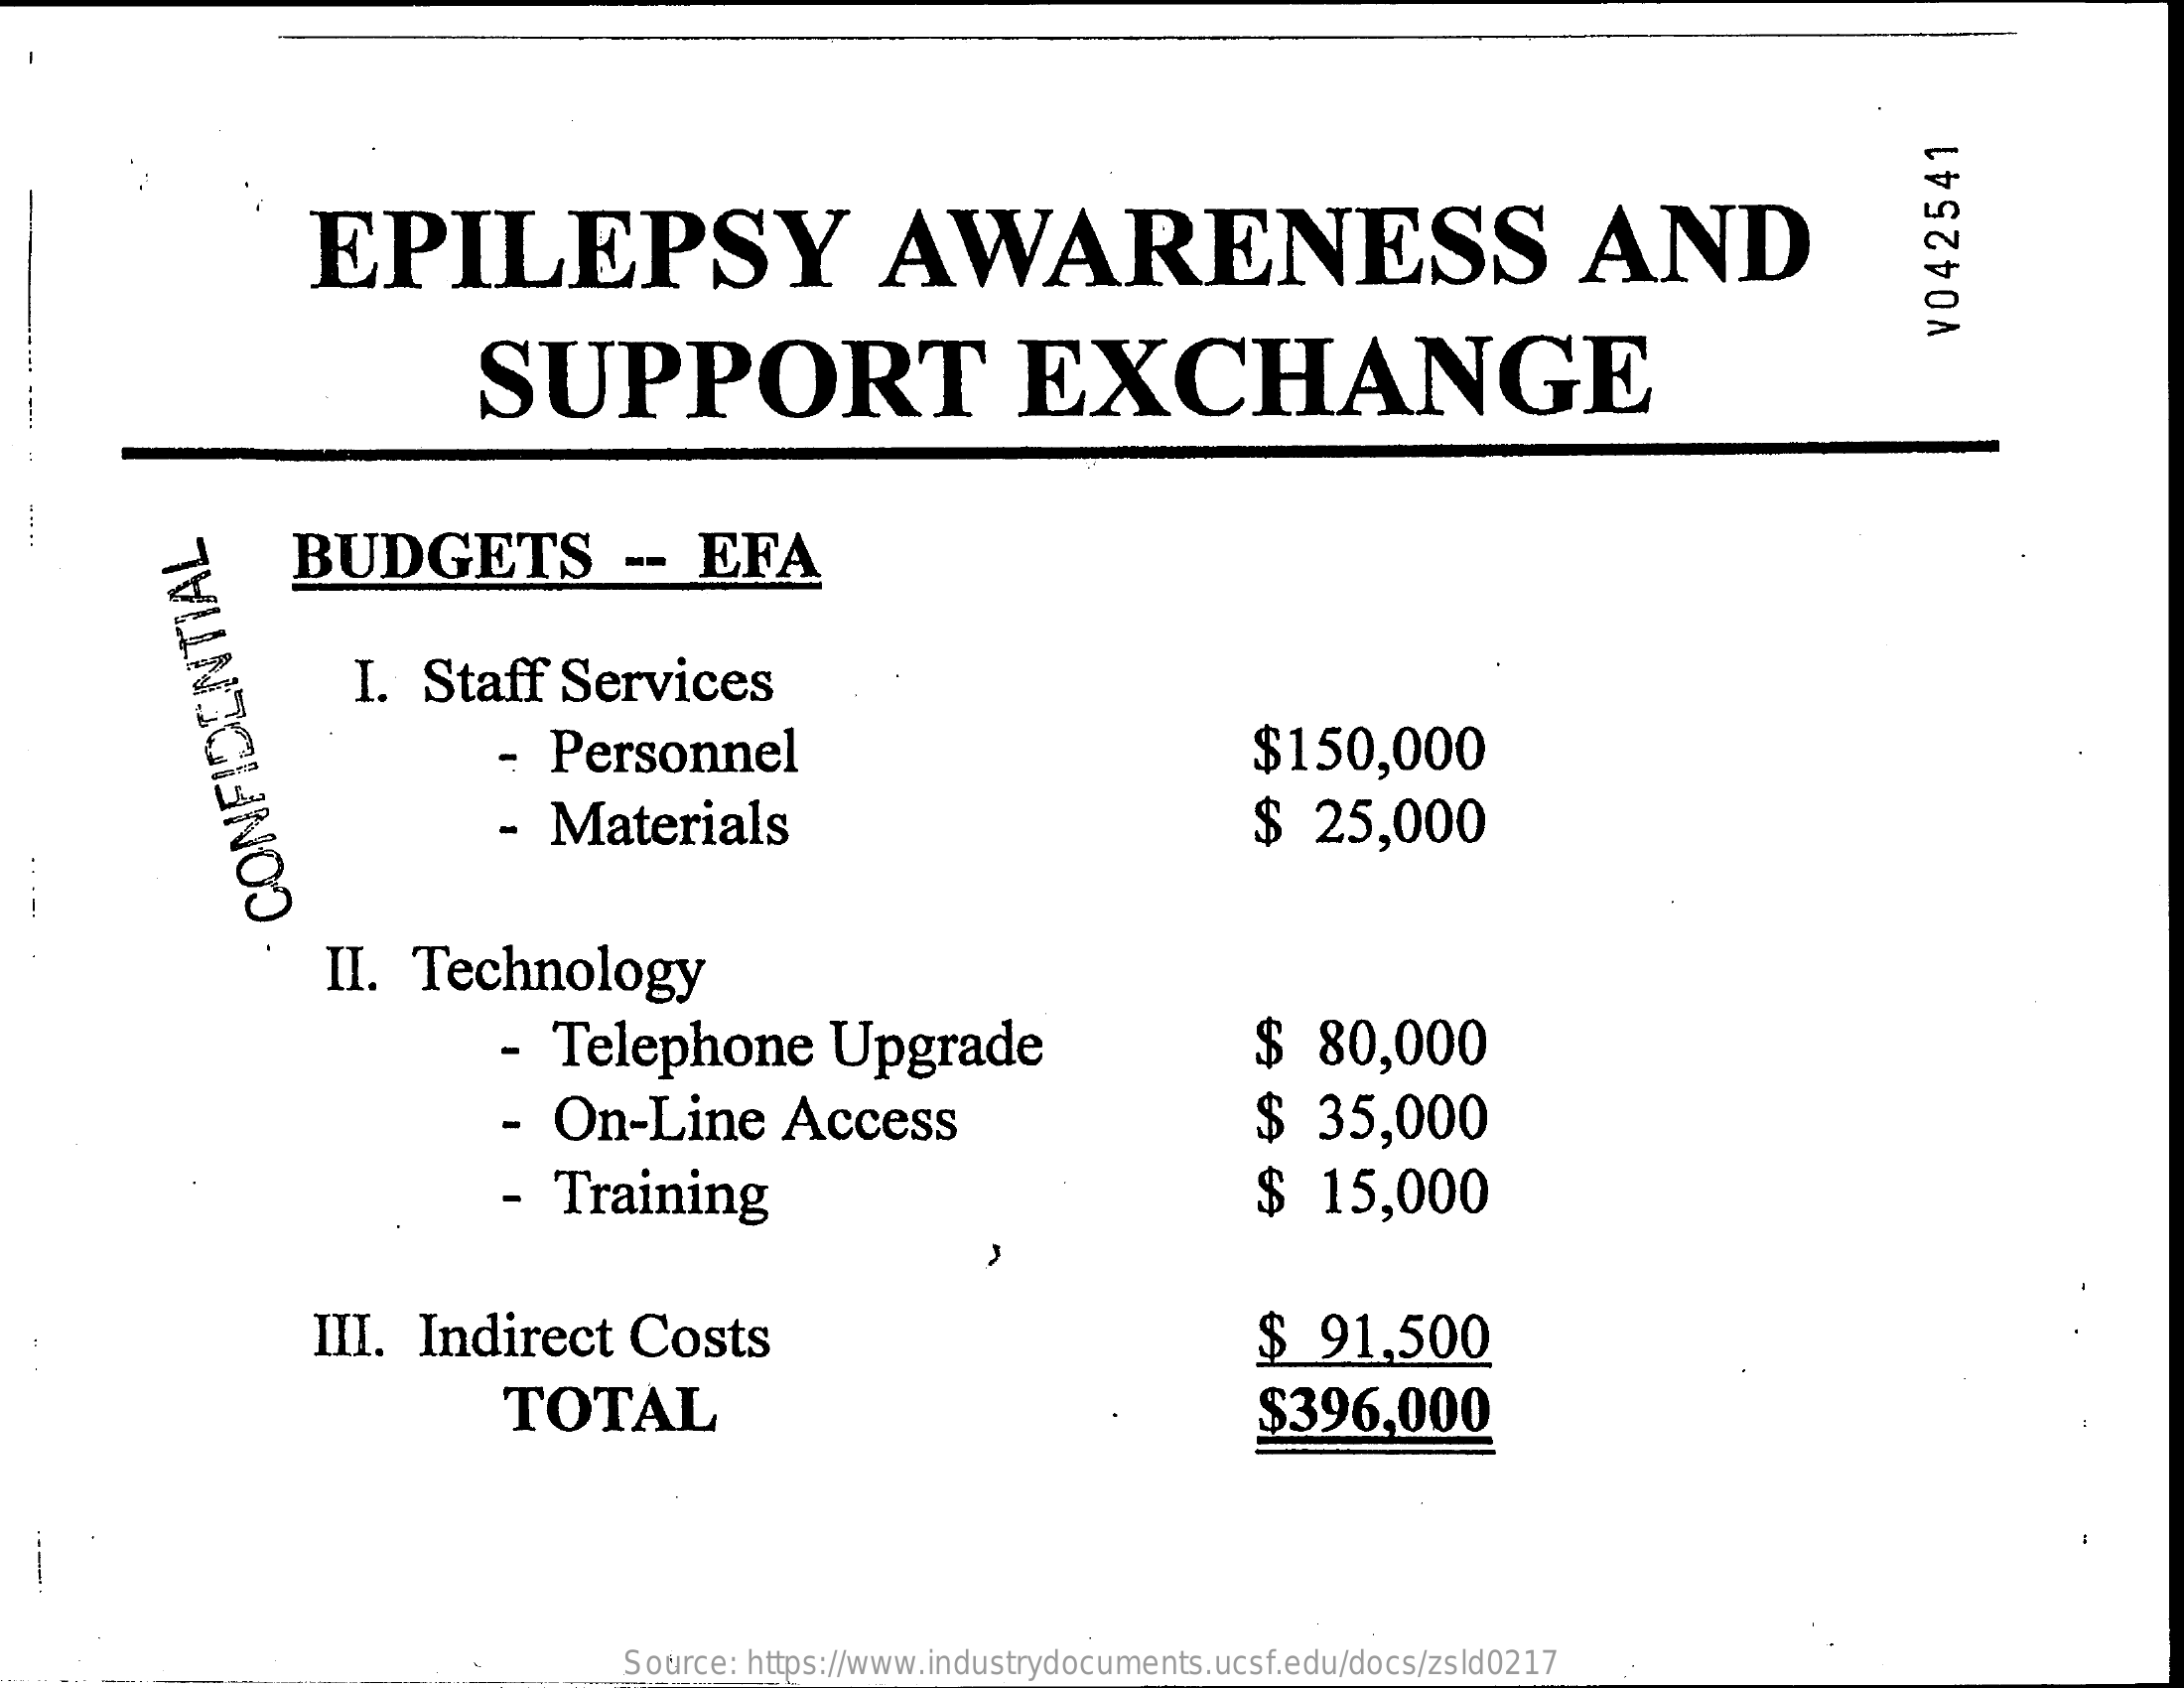
EPILEPSY    AWARENESS    AND
     SUPPORT    EXCHANGE
     V042541
  ....
  ..
     BUDGETS    --   EFA
     I. Staff    Services
     - Personnel    $150,000
     - Materials    $   25,000
     CONFIDENTIAL
     II.  Technology
     -  Telephone    Upgrade    $   80,000
     -  On-Line    Access    $   35,000
     Training    $   15,000
     III.  Indirect    Costs    $  91,500
     TOTAL    $396,000
     Source: https://www.industrydocuments.ucsf.edu/docs/zsld0217